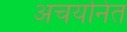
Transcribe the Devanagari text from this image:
अचयनित